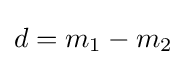
d=m_{1}-m_{2}